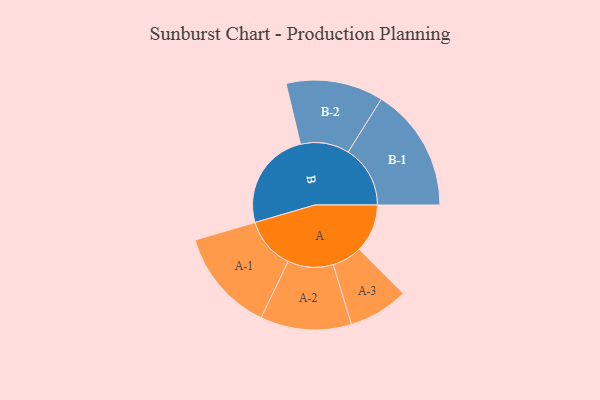
{"axis": {"x": "Segment", "y": "Value"}, "legend": ["", "A", "B"], "data": [{"x": "A", "y": 213, "type": ""}, {"x": "B", "y": 439, "type": ""}, {"x": "A-1", "y": 228, "type": "A"}, {"x": "A-2", "y": 201, "type": "A"}, {"x": "A-3", "y": 132, "type": "A"}, {"x": "B-1", "y": 274, "type": "B"}, {"x": "B-2", "y": 215, "type": "B"}]}